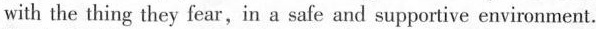
with the thing they fear,in a safe and supportive environment.